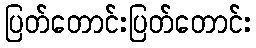
ပြတ်တောင်းပြတ်တောင်း